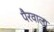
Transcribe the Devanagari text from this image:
पैरवाला